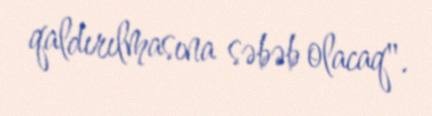
qaldırılmasına səbəb olacaq".